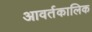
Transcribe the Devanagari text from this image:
आवर्तकालिक